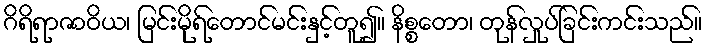
ဂိရိရာဇာဝိယ၊ မြင်းမိုရ်တောင်မင်းနှင့်တူ၍။ နိစ္စတော၊ တုန်လှုပ်ခြင်းကင်းသည်။